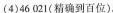
(4)46021(精确到百位)。